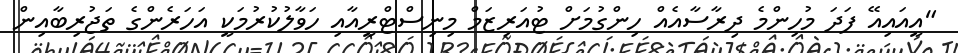
"އީއައިއޭ ފަދަ މުހިންމެ ދިރާސާއެއް ހިންގުމަށް ޓުއަރިޒަމް މިނިސްޓްރީއާއި ހަވާލުކުރުމަކީ އަހަރެންގެ ތަޖުރިބާއިން